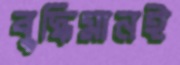
বুদ্ধিমানই